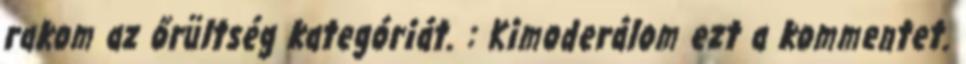
rakom az őrültség kategóriát. : Kimoderálom ezt a kommentet.